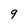
Character: 9